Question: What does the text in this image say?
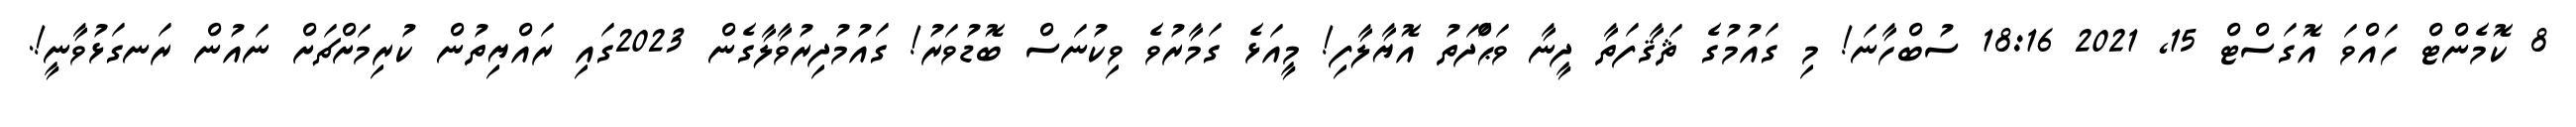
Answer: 8 ކޮމެންޓް ހައްވަ އޮގަސްޓް 15, 2021 18:16 ސުބްހާނަ! މި ގައުމުގެ ޘަޤާފަތާ ދީނާ ވަޙްަދަތު އޮޔާލާފި! މީއަޅެ ގަމާރުވެ ވިކުނަސް ބޮޑުވަރު! ގައުމުދިރުވާލާގެން 2023ގައި ރައްޔިތުން ކުރިމަށްޗަށް ނައުން ރަނގަޅުވާނީ!.